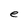
Character: e